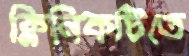
ক্লিনিকটিতে